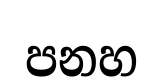
පනහ